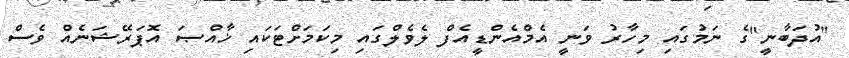
''އުދަބާނީ''ގެ ނަމުގައި މިހާރު ވަނީ އެމްއެންޑީއެފް ލެވެލްގައި މިކަމަށްޓަކައި ޚާއްޞަ އޮޕަރޭޝަނެއް ވެސް